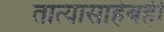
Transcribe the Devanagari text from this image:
तात्यासाहेबही